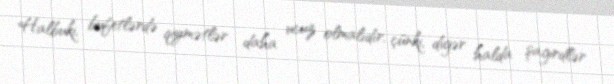
Halbuki, bufetlərdə qiymətlər daha ucuz olmalıdır, çünki, digər halda şagirdlər